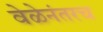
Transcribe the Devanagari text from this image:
वेळेनंतरच